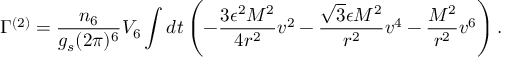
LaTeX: \Gamma ^ { ( 2 ) } = \frac { n _ { 6 } } { g _ { s } ( 2 \pi ) ^ { 6 } } V _ { 6 } \int d t \left( - \frac { 3 \epsilon ^ { 2 } M ^ { 2 } } { 4 r ^ { 2 } } v ^ { 2 } - \frac { \sqrt { 3 } \epsilon M ^ { 2 } } { r ^ { 2 } } v ^ { 4 } - \frac { M ^ { 2 } } { r ^ { 2 } } v ^ { 6 } \right) .